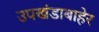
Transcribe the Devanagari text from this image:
उपखंडाबाहेर